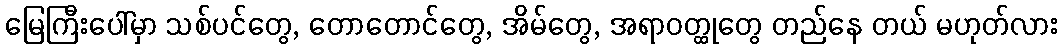
မြေကြီးပေါ်မှာ သစ်ပင်တွေ, တောတောင်တွေ, အိမ်တွေ, အရာဝတ္ထုတွေ တည်နေ တယ် မဟုတ်လား